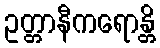
ဥတ္တာနီကရောန္တိ